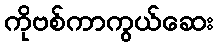
ကိုဗစ်ကာကွယ်ဆေး